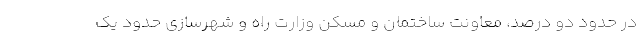
در حدود دو درصد، معاونت ساختمان و مسکن وزارت راه و شهرسازی حدود یک